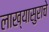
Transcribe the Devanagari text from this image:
लाख्यासुराचे